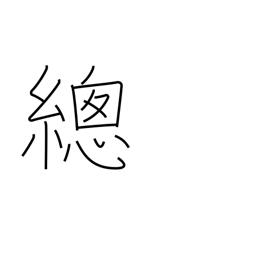
Meaning: overall